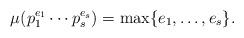
LaTeX: \begin{align*}\mu(p_1^{e_1}\cdots p_s^{e_s}) & =\max\{e_1,\dots, e_s\}.\end{align*}